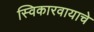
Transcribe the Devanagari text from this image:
स्विकारवायाचे